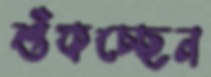
শুঁকচ্ছেন